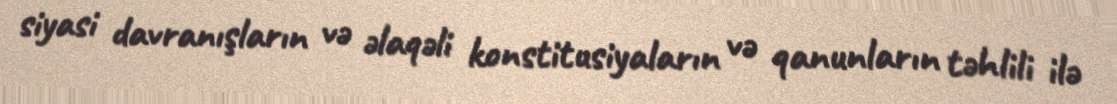
siyasi davranışların və əlaqəli konstitusiyaların və qanunların təhlili ilə